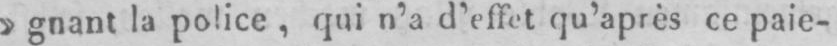
»gnant la police, qui n’a d’effet qu’après ce paie-